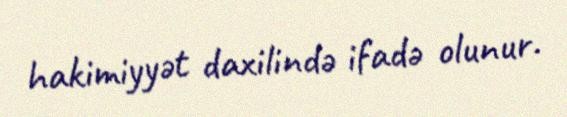
hakimiyyət daxilində ifadə olunur.